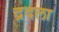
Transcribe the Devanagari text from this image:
द्रदला